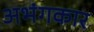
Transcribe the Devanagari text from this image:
अभंगकार